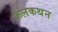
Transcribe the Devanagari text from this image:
फलकथन